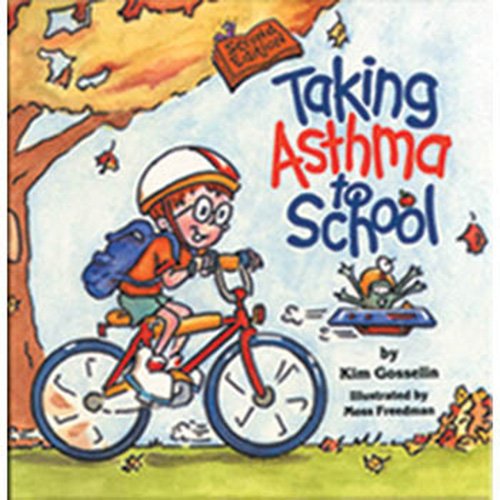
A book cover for Taking Asthma to School (Special Kids in School, Vol 2); Kim Gosselin; Health, Fitness & Dieting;